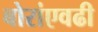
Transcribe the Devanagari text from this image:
बोरांएवढी